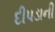
દીપડાની